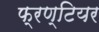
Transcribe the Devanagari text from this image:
फ्रण्टियर